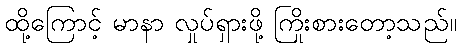
ထို့ကြောင့် မာနာ လှုပ်ရှားဖို့ ကြိုးစားတော့သည်။